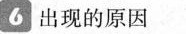
6 出现的原因